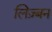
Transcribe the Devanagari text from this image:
लिज़्बन